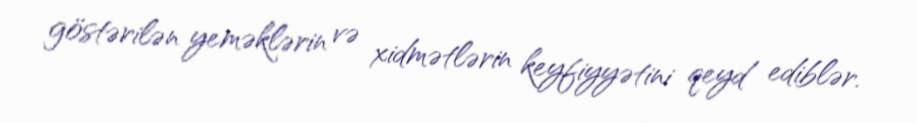
göstərilən yeməklərin və xidmətlərin keyfiyyətini qeyd ediblər.